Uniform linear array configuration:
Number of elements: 4
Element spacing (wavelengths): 0.25
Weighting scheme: binomial
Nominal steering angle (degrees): -60
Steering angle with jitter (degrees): -61.672
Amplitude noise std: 0.05
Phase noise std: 0.05

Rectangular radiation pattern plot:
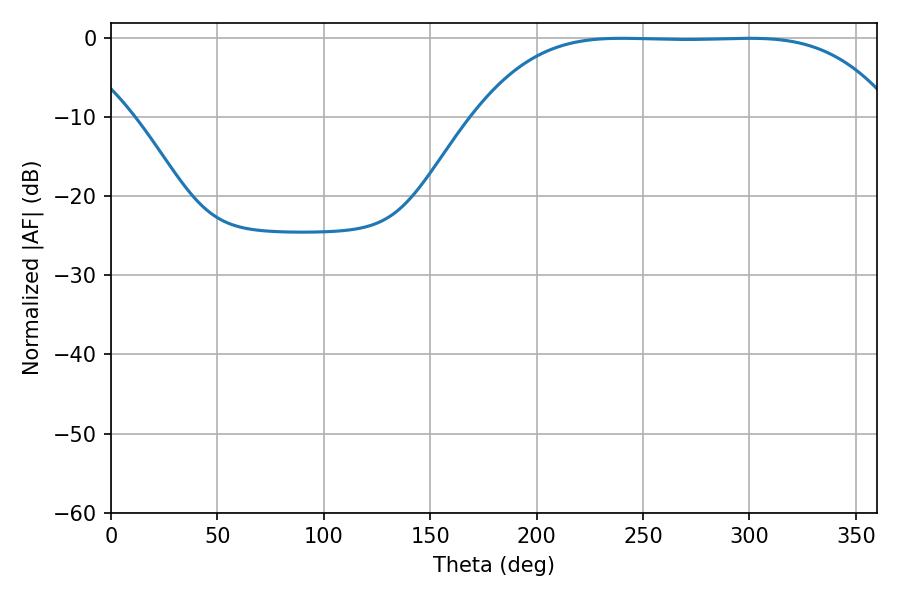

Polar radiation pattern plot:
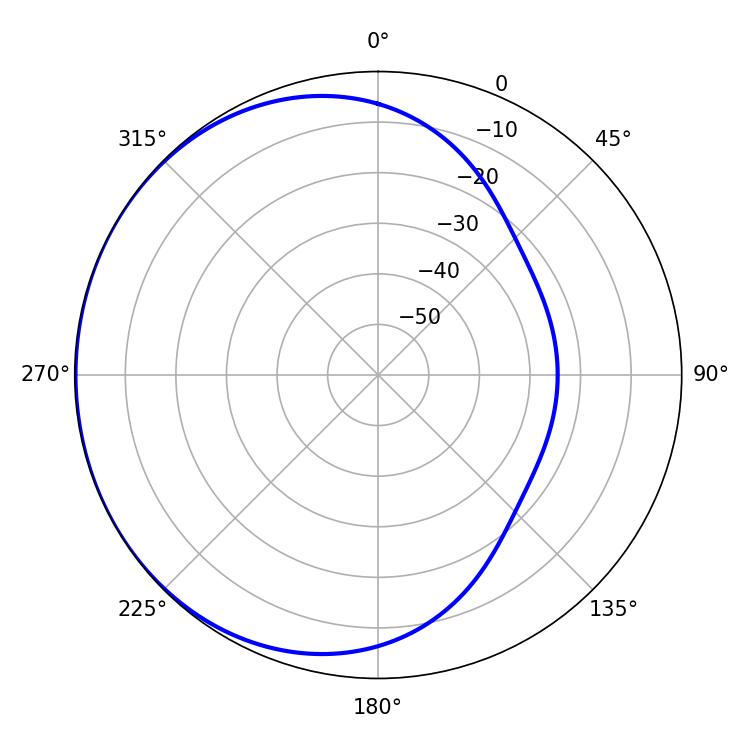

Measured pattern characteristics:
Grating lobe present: FALSE
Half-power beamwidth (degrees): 149.4
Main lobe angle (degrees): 239.94